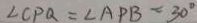
\angle C P Q = \angle A P B = 3 0 ^ { \circ }